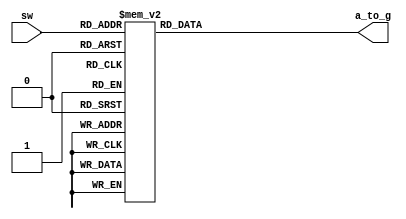
module Display7case(a_to_g,sw);
		input [0:3]sw;
		output reg [0:6]a_to_g;
		
		always @ (sw)
		case(sw)
		0:a_to_g='b100_0000;
		1:a_to_g='b111_1001;
		2:a_to_g='b010_0100;
		3:a_to_g='b011_0000;
		4:a_to_g='b001_1001;
		5:a_to_g='b001_0010;
		6:a_to_g='b000_0010;
		7:a_to_g='b111_1000;
		8:a_to_g='b000_0000;
		9:a_to_g='b001_0000;
		10:a_to_g='b000_1000;
		11:a_to_g='b000_0011;
		12:a_to_g='b100_0110;
		13:a_to_g='b010_0001;
		14:a_to_g='b000_0110;
		15:a_to_g='b000_1110;
		endcase
endmodule